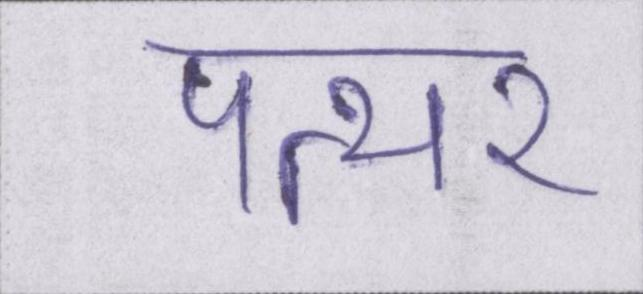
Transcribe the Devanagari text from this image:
पत्थर